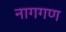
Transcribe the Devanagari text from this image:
नागगण